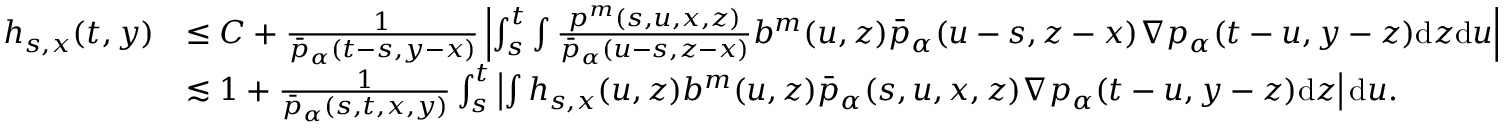
\begin{array} { r l } { h _ { s , x } ( t , y ) } & { \leq C + \frac { 1 } { \bar { p } _ { \alpha } ( t - s , y - x ) } \left| \int _ { s } ^ { t } \int \frac { p ^ { m } ( s , u , x , z ) } { \bar { p } _ { \alpha } ( u - s , z - x ) } b ^ { m } ( u , z ) \bar { p } _ { \alpha } ( u - s , z - x ) \nabla p _ { \alpha } ( t - u , y - z ) \mathrm { d } z \mathrm { d } u \right| } \\ & { \lesssim 1 + \frac { 1 } { \bar { p } _ { \alpha } ( s , t , x , y ) } \int _ { s } ^ { t } \left| \int h _ { s , x } ( u , z ) b ^ { m } ( u , z ) \bar { p } _ { \alpha } ( s , u , x , z ) \nabla p _ { \alpha } ( t - u , y - z ) \mathrm { d } z \right| \mathrm { d } u . } \end{array}